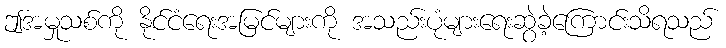
ဤအမှုသစ်ကို နိုင်ငံရေးအမြင်များကို အသည်းပုံများရေးဆွဲခဲ့ကြောင်းသိရသည်